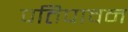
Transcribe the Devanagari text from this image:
पतिपावन